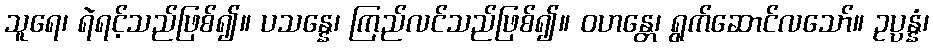
သူရေ၊ ရဲရင့်သည်ဖြစ်၍။ ပသန္နေ၊ ကြည်လင်သည်ဖြစ်၍။ ဝဟန္တေ၊ ရွက်ဆောင်လသော်။ ဥပ္ပန္နံ၊